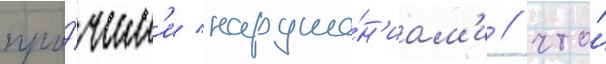
про́чим'и наруше́н'иам'и / что́